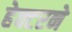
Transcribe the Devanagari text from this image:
हेक्टरने